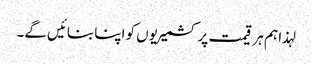
لہذا ہم ہر قیمت پر کشمیریوں کو اپنا بنائیں گے۔